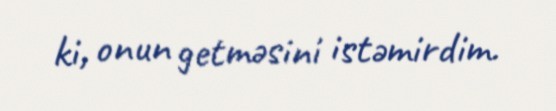
ki, onun getməsini istəmirdim.